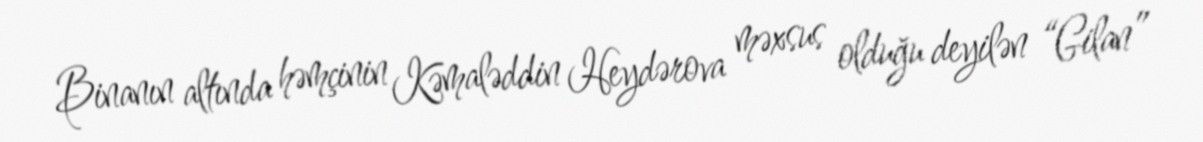
Binanın altında həmçinin Kəmaləddin Heydərova məxsus olduğu deyilən “Gilan”